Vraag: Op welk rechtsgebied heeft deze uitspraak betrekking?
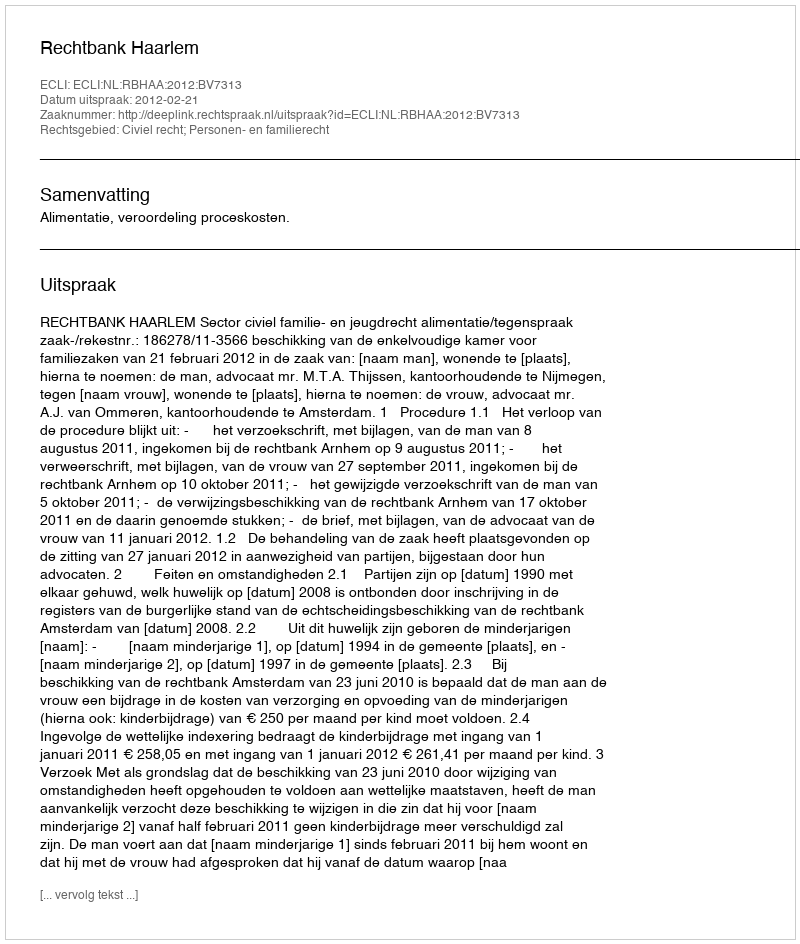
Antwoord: Civiel recht; Personen- en familierecht